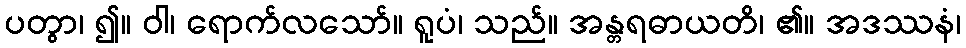
ပတွာ၊ ၍။ ဝါ၊ ရောက်လသော်။ ရူပံ၊ သည်။ အန္တရဓာယတိ၊ ၏။ အဒဿနံ၊